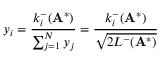
y _ { i } = \frac { k _ { i } ^ { - } ( \mathbf { A } ^ { * } ) } { \sum _ { j = 1 } ^ { N } y _ { j } } = \frac { k _ { i } ^ { - } ( \mathbf { A } ^ { * } ) } { \sqrt { 2 L ^ { - } ( \mathbf { A } ^ { * } ) } }